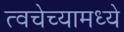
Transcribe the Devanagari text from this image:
त्वचेच्यामध्ये